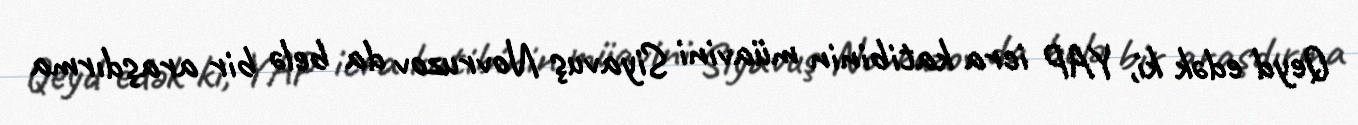
Qeyd edək ki, YAP icra katibinin müavini Siyavuş Novruzov da belə bir araşdırma